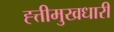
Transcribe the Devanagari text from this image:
ह्त्तीमुखधारी